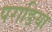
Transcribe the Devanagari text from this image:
पराङिया